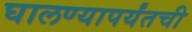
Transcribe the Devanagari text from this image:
घालण्यापर्यंतची